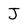
Character: J